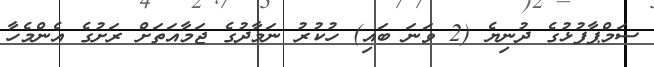
ސަމްޕާފުޅުގެ ދުނިޔެ (2 ވަނަ ބައި) ހުކުރު ނަމާދުގެ ޖަމާއަތަށް ރަށުގެ އެންމެހާ